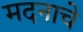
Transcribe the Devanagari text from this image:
मदनाचे